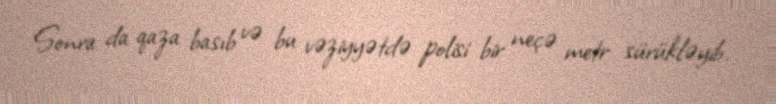
Sonra da qaza basıb və bu vəziyyətdə polisi bir neçə metr sürükləyib.